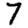
Digit: 7